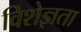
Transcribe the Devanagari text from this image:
विशेज्ञता